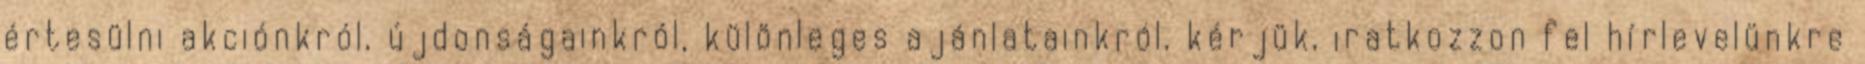
értesülni akciónkról, újdonságainkról, különleges ajánlatainkról, kérjük, iratkozzon fel hírlevelünkre